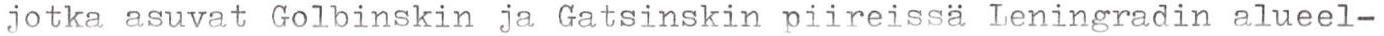
jotka asuvat Golbinskin ja Gatsinskin piireissä Leningradin alueel-